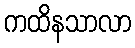
ကထိနသာလာ